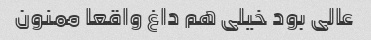
عالی بود خیلی هم داغ واقعا ممنون